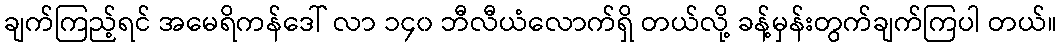
ချက်ကြည့်ရင် အမေရိကန်ဒေါ် လာ ၁၄၀ ဘီလီယံလောက်ရှိ တယ်လို့ ခန့်မှန်းတွက်ချက်ကြပါ တယ်။